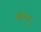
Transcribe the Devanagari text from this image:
छीन्द्